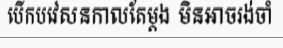
បើកបវេសនកាលតែម្តង មិនអាចរង់ចាំ